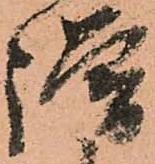
謂